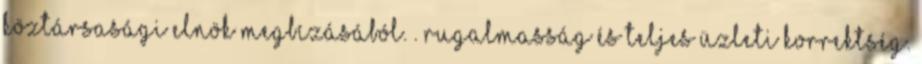
köztársasági elnök megbízásából. . rugalmasság és teljes üzleti korrektség.